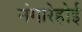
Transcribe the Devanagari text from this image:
नंगारेहोई